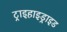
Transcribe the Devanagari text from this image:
ट्राइहाइड्राइड